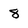
Character: 8